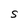
Character: S